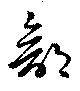
部